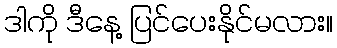
ဒါကို ဒီနေ့ ပြင်ပေးနိုင်မလား။